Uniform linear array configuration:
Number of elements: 48
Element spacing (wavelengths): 0.5
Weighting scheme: exponential
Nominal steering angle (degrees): -45
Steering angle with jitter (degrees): -44.026
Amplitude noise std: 0.05
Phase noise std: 0.05

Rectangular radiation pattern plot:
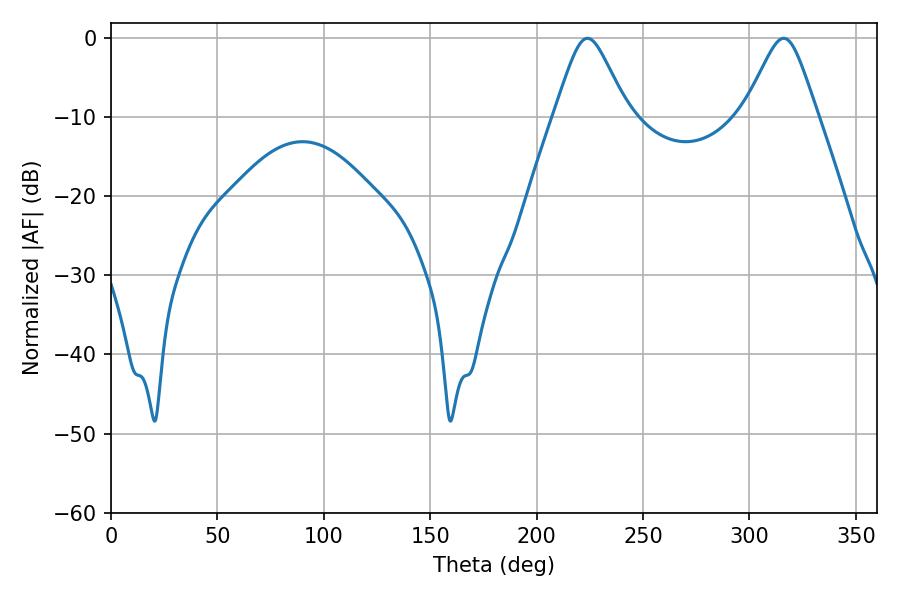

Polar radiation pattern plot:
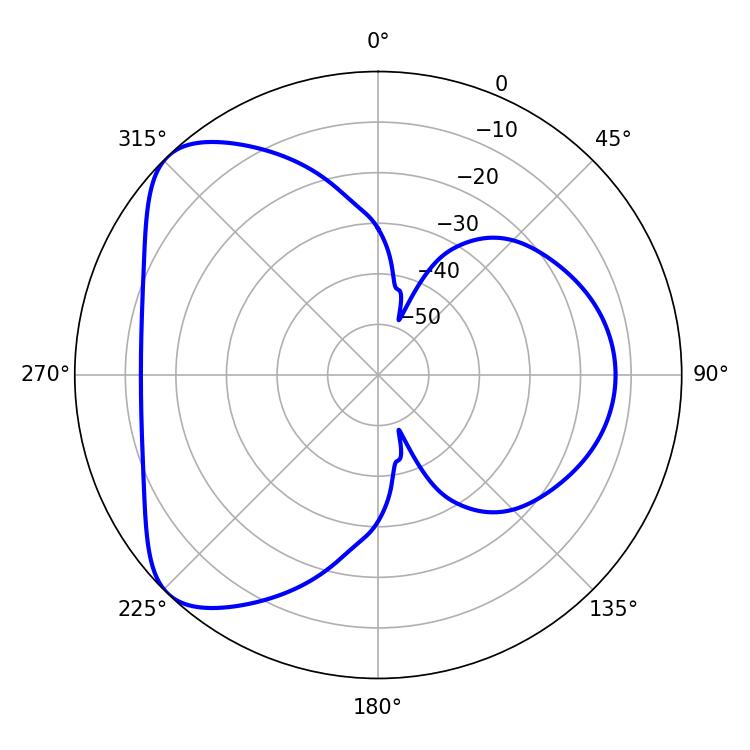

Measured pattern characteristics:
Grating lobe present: FALSE
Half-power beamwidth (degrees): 16.56
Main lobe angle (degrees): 223.92